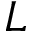
L